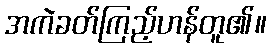
အကဲခတ်ကြည့်ဟန်တူ၏။